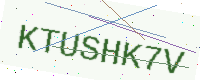
Text: KTUSHK7V